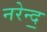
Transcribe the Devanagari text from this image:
नरेन्द॒